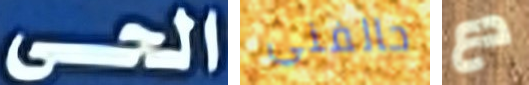
الحى حالفني دع